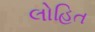
લોહિત